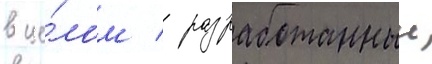
в це́лом / разработанныи